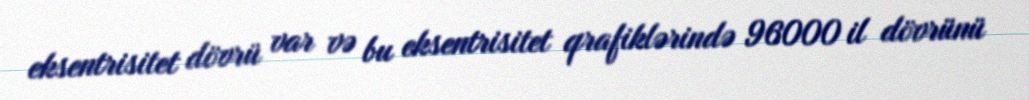
eksentrisitet dövrü var və bu eksentrisitet qrafiklərində 96000 il dövrünü